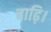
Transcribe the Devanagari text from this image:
बाढ़ि।